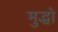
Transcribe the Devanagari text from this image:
मुद्धो